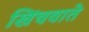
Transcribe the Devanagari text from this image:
खिंचवाते